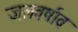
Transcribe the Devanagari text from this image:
जलवर्षाव